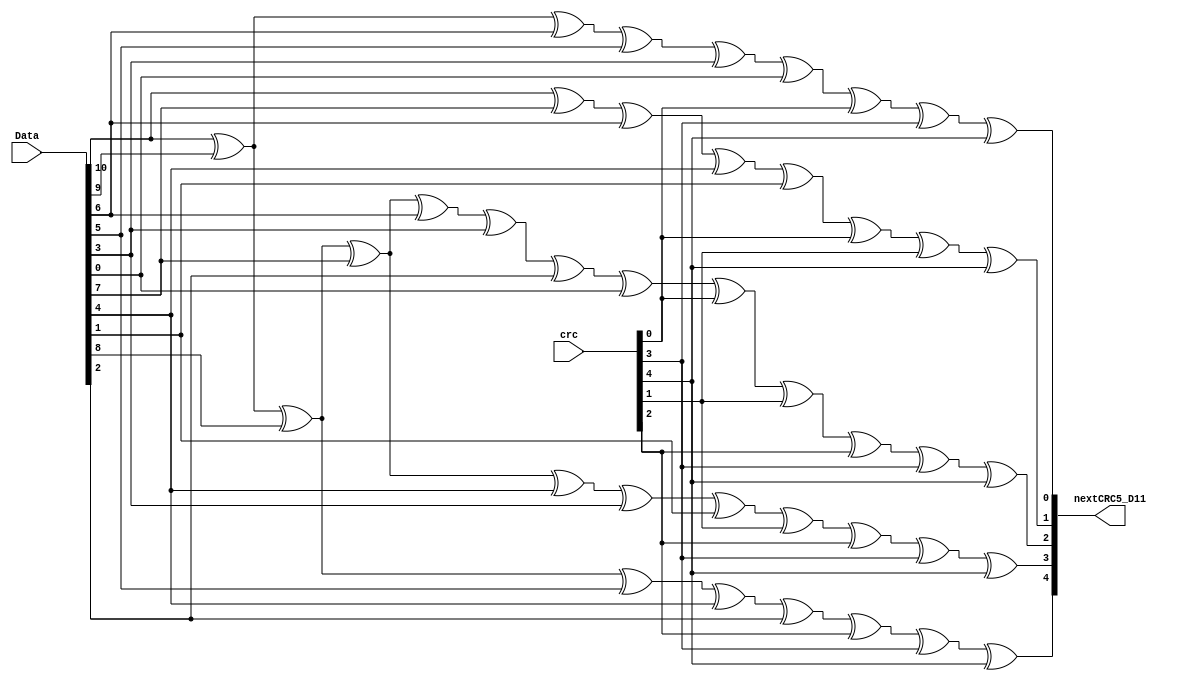
////////////////////////////////////////////////////////////////////////////////
// Copyright (C) 1999-2008 Easics NV.
// This source file may be used and distributed without restriction
// provided that this copyright statement is not removed from the file
// and that any derivative work contains the original copyright notice
// and the associated disclaimer.
//
// THIS SOURCE FILE IS PROVIDED "AS IS" AND WITHOUT ANY EXPRESS
// OR IMPLIED WARRANTIES, INCLUDING, WITHOUT LIMITATION, THE IMPLIED
// WARRANTIES OF MERCHANTIBILITY AND FITNESS FOR A PARTICULAR PURPOSE.
//
// Purpose : synthesizable CRC function
//   * polynomial: x^5 + x^2 + 1
//   * data width: 5
//
// Info : tools@easics.be
//        http://www.easics.com
////////////////////////////////////////////////////////////////////////////////
module CRC5_D11(
  nextCRC5_D11,
  Data,
  crc
  );

    output reg [4:0] nextCRC5_D11;
    input wire [10:0] Data;
    input wire [4:0] crc;
    reg [10:0] d;
    reg [4:0] c;
    reg [4:0] newcrc;


  always @ (*) 
    begin
    d [10:0] = Data [10:0];
    c [4:0] = crc [4:0];

    newcrc[0] = d[10] ^ d[9] ^ d[6] ^ d[5] ^ d[3] ^ d[0] ^ c[0] ^ c[3] ^ c[4];
    newcrc[1] = d[10] ^ d[7] ^ d[6] ^ d[4] ^ d[1] ^ c[0] ^ c[1] ^ c[4];
    newcrc[2] = d[10] ^ d[9] ^ d[8] ^ d[7] ^ d[6] ^ d[3] ^ d[2] ^ d[0] ^ c[0] ^ c[1] ^ c[2] ^ c[3] ^ c[4];
    newcrc[3] = d[10] ^ d[9] ^ d[8] ^ d[7] ^ d[4] ^ d[3] ^ d[1] ^ c[1] ^ c[2] ^ c[3] ^ c[4];
    newcrc[4] = d[10] ^ d[9] ^ d[8] ^ d[5] ^ d[4] ^ d[2] ^ c[2] ^ c[3] ^ c[4];
    nextCRC5_D11 = newcrc;
    end

endmodule